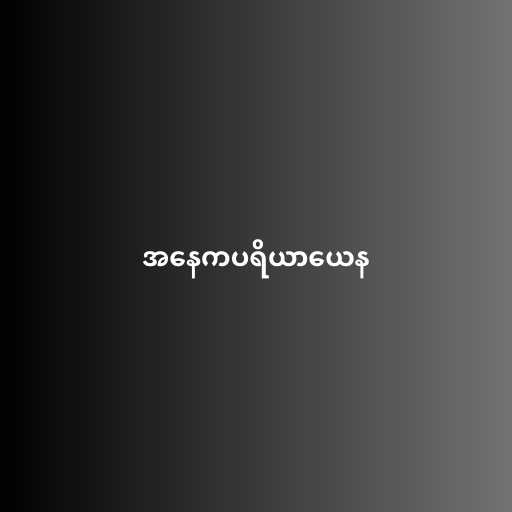
အနေကပရိယာယေန